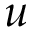
u